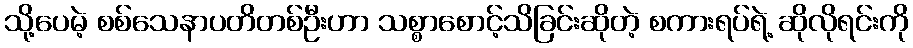
သို့ပေမဲ့ စစ်သေနာပတိတစ်ဦးဟာ သစ္စာစောင့်သိခြင်းဆိုတဲ့ စကားရပ်ရဲ့ ဆိုလိုရင်းကို